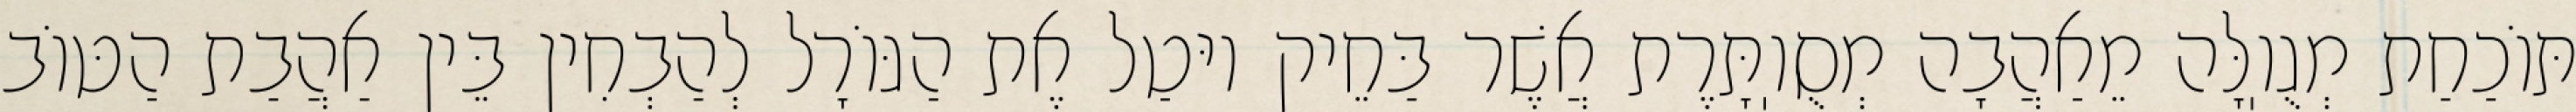
תּוֹכַחַת מְגֻוֽלָּה מֵאַהֲבָה מְסֻוֽתָּרֶת אֲשֶׁר בַּחֵיק יוּטַל אֶת הַגּוֹרָל לְהַבְחִין בֵּין אַהֲבַת הַטּוֹב